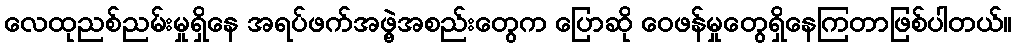
လေထုညစ်ညမ်းမှုရှိနေ အရပ်ဖက်အဖွဲ့အစည်းတွေက ပြောဆို ဝေဖန်မှုတွေရှိနေကြတာဖြစ်ပါတယ်။